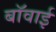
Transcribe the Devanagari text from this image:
बॉवाई